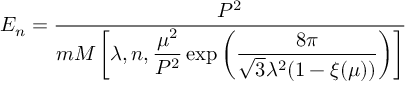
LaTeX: E _ { n } = \frac { P ^ { 2 } } { m { \cal M } \left[ \lambda , n , \displaystyle { \frac { \mu ^ { 2 } } { P ^ { 2 } } } \exp \left( { \frac { 8 \pi } { \sqrt { 3 } \lambda ^ { 2 } ( 1 - \xi ( \mu ) ) } } \right) \right] }